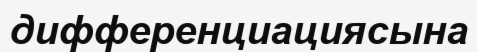
дифференциациясына